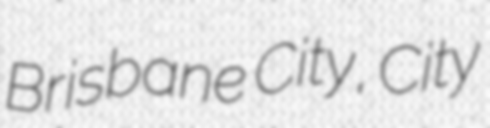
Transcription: Brisbane City, City